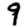
Digit: 9